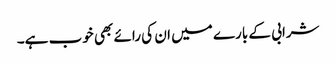
شرابی کے بارے میں ان کی رائے بھی خوب ہے۔